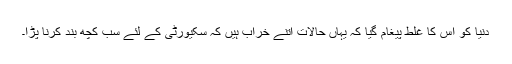
دنیا کو اس کا غلط پیغام گیا کہ یہاں حالات اتنے خراب ہیں کہ سکیورٹی کے لئے سب کچھ بند کرنا پڑا۔